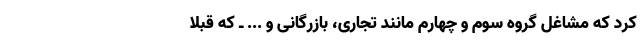
کرد که مشاغل گروه سوم و چهارم مانند تجاری، بازرگانی و ... ـ که قبلا